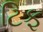
ટિફ